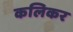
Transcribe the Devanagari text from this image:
कलिकर